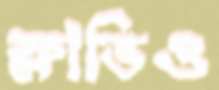
ফ্লাভিও